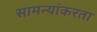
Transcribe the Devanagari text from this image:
सामन्यांकरता